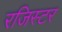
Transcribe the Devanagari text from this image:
रजिस्टर